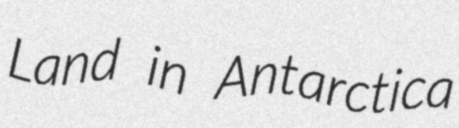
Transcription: Land in Antarctica